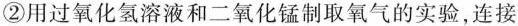
②用过氧化氢溶液和二氧化锰制取氧气的实验，连接